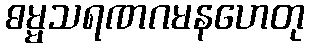
ဓမ္မသရဏဂမနဟေတု